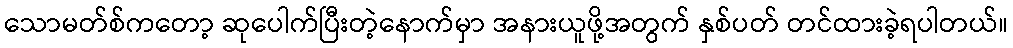
သောမတ်စ်ကတော့ ဆုပေါက်ပြီးတဲ့နောက်မှာ အနားယူဖို့အတွက် နှစ်ပတ် တင်ထားခဲ့ရပါတယ်။